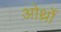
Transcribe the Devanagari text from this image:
ओर्थ्रो